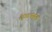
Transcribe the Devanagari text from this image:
३७८पर्यंत